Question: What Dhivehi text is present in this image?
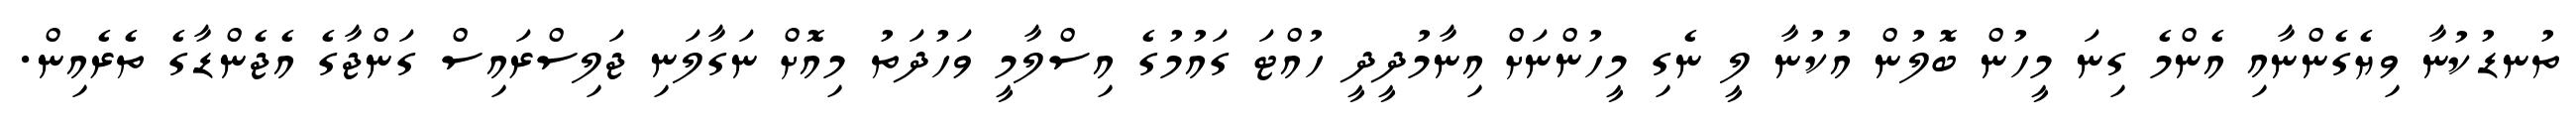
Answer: ތުނޑުކުނާ ވިޔެގެންނާއި އެންމެ ގިނަ މީހުން ބޮލުން އުކުނާ ލީ ނެގި މީހުންނަށް އިނާމުދީދީ ހުއްޓަ ގައުމުގެ އިސްލާމީ ވަހުދަތު މިއޮށް ނަގާލަނި ޖަލިސްރައިސް ގަންޖާގެ އެޖެންޑާގެ ތެރެއިން.